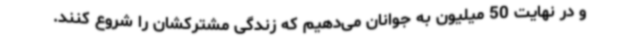
و در نهایت 50 میلیون به جوانان می‌دهیم که زندگی مشترکشان را شروع کنند.